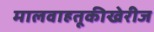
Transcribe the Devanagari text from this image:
मालवाहतूकीखेरीज